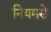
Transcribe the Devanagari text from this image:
नियमसे